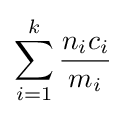
\sum _{i=1}^{k}{\frac {n_{i}c_{i}}{m_{i}}}